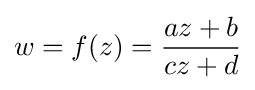
w=f(z)={\frac {az+b}{cz+d}}